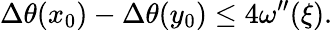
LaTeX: \Delta\theta(x_{0})-\Delta\theta(y_{0})\leq 4\omega^{\prime\prime}(\xi).